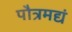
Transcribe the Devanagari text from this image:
पौत्रमद्यं